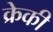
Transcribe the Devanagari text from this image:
क्रेकी